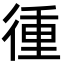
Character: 㣫